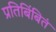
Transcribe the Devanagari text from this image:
प्रतिबिंबितं